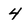
Character: 4